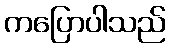
ကပြောပါသည်